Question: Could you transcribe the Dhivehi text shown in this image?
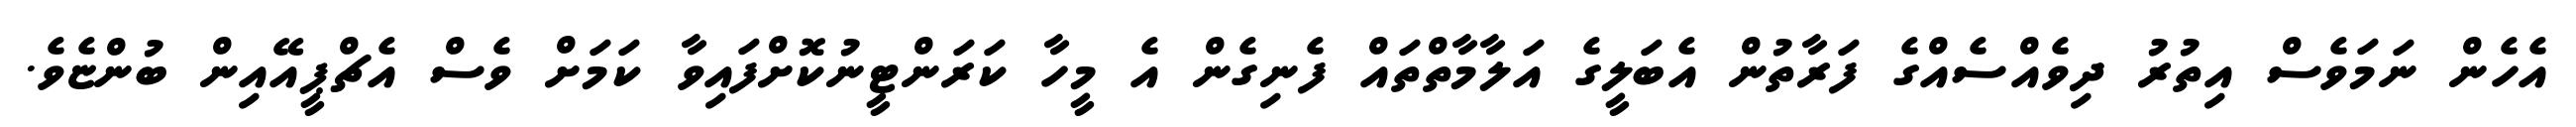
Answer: އެހެން ނަމަވެސް އިތުރު ދިވެއްސެއްގެ ފަރާތުން އެބަލީގެ އަލާމާތްތައް ފެނިގެން އެ މީހާ ކަރަންޓީނުކޮށްފައިވާ ކަމަށް ވެސް އެޗްޕީއޭއިން ބުންޏެވެ.